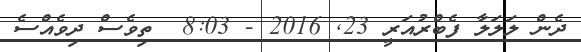
ދެން ލަލަލާ ފެބްރުއަރީ 23